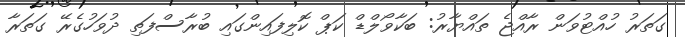
ގަތަރު ހުއްޓުވަން ރާއްޖެ ތައްޔާރު: ބަކާވޯލްޑް ކަޕް ކޮލިފައިންގައި ބުރާސްފަތި ދުވަހުގެރޭ ގަތަރާ